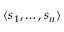
\langle s _ { 1 } , \ldots , s _ { n } \rangle